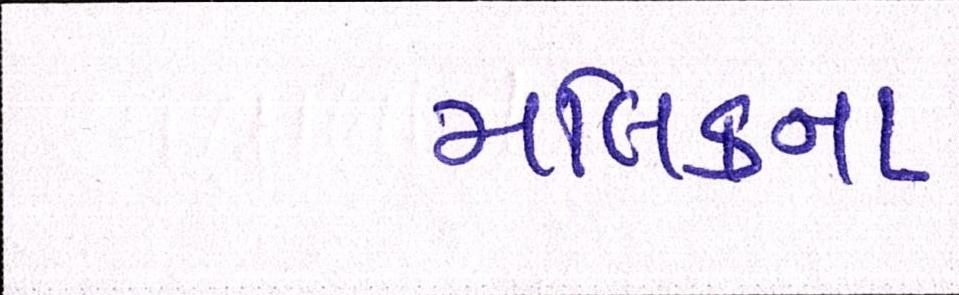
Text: મલિકના